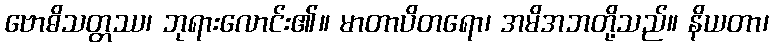
ဗောဓိသတ္တဿ၊ ဘုရားလောင်း၏။ မာတာပိတရော၊ အမိအဘတို့သည်။ နိယတာ၊